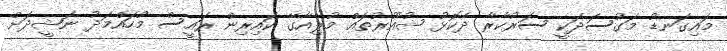
މައިގަނޑު މަގުސަދަކީ ސަރުކާރާ ދެކޮޅު ޝުއޫރުތައް މުލިއާގޭ ކައިރިން ރައީސް މުހައްމަދު ނަޝީދަށް